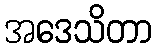
အဒေသိတာ